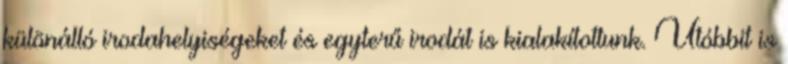
különálló irodahelyiségeket és egyterű irodát is kialakítottunk. Utóbbit is